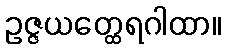
ဥဇ္ဇယတ္ထေရဂါထာ။